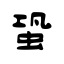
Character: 蛩